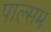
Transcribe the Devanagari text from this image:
पाल्सम